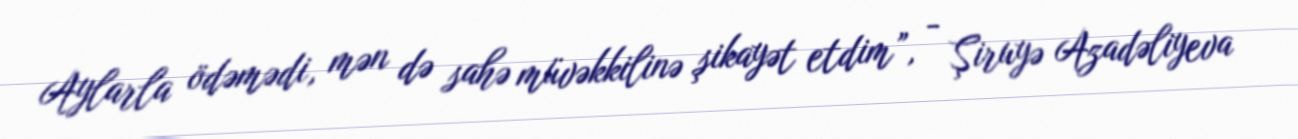
Aylarla ödəmədi, mən də sahə müvəkkilinə şikayət etdim”, - Şiruyə Azadəliyeva